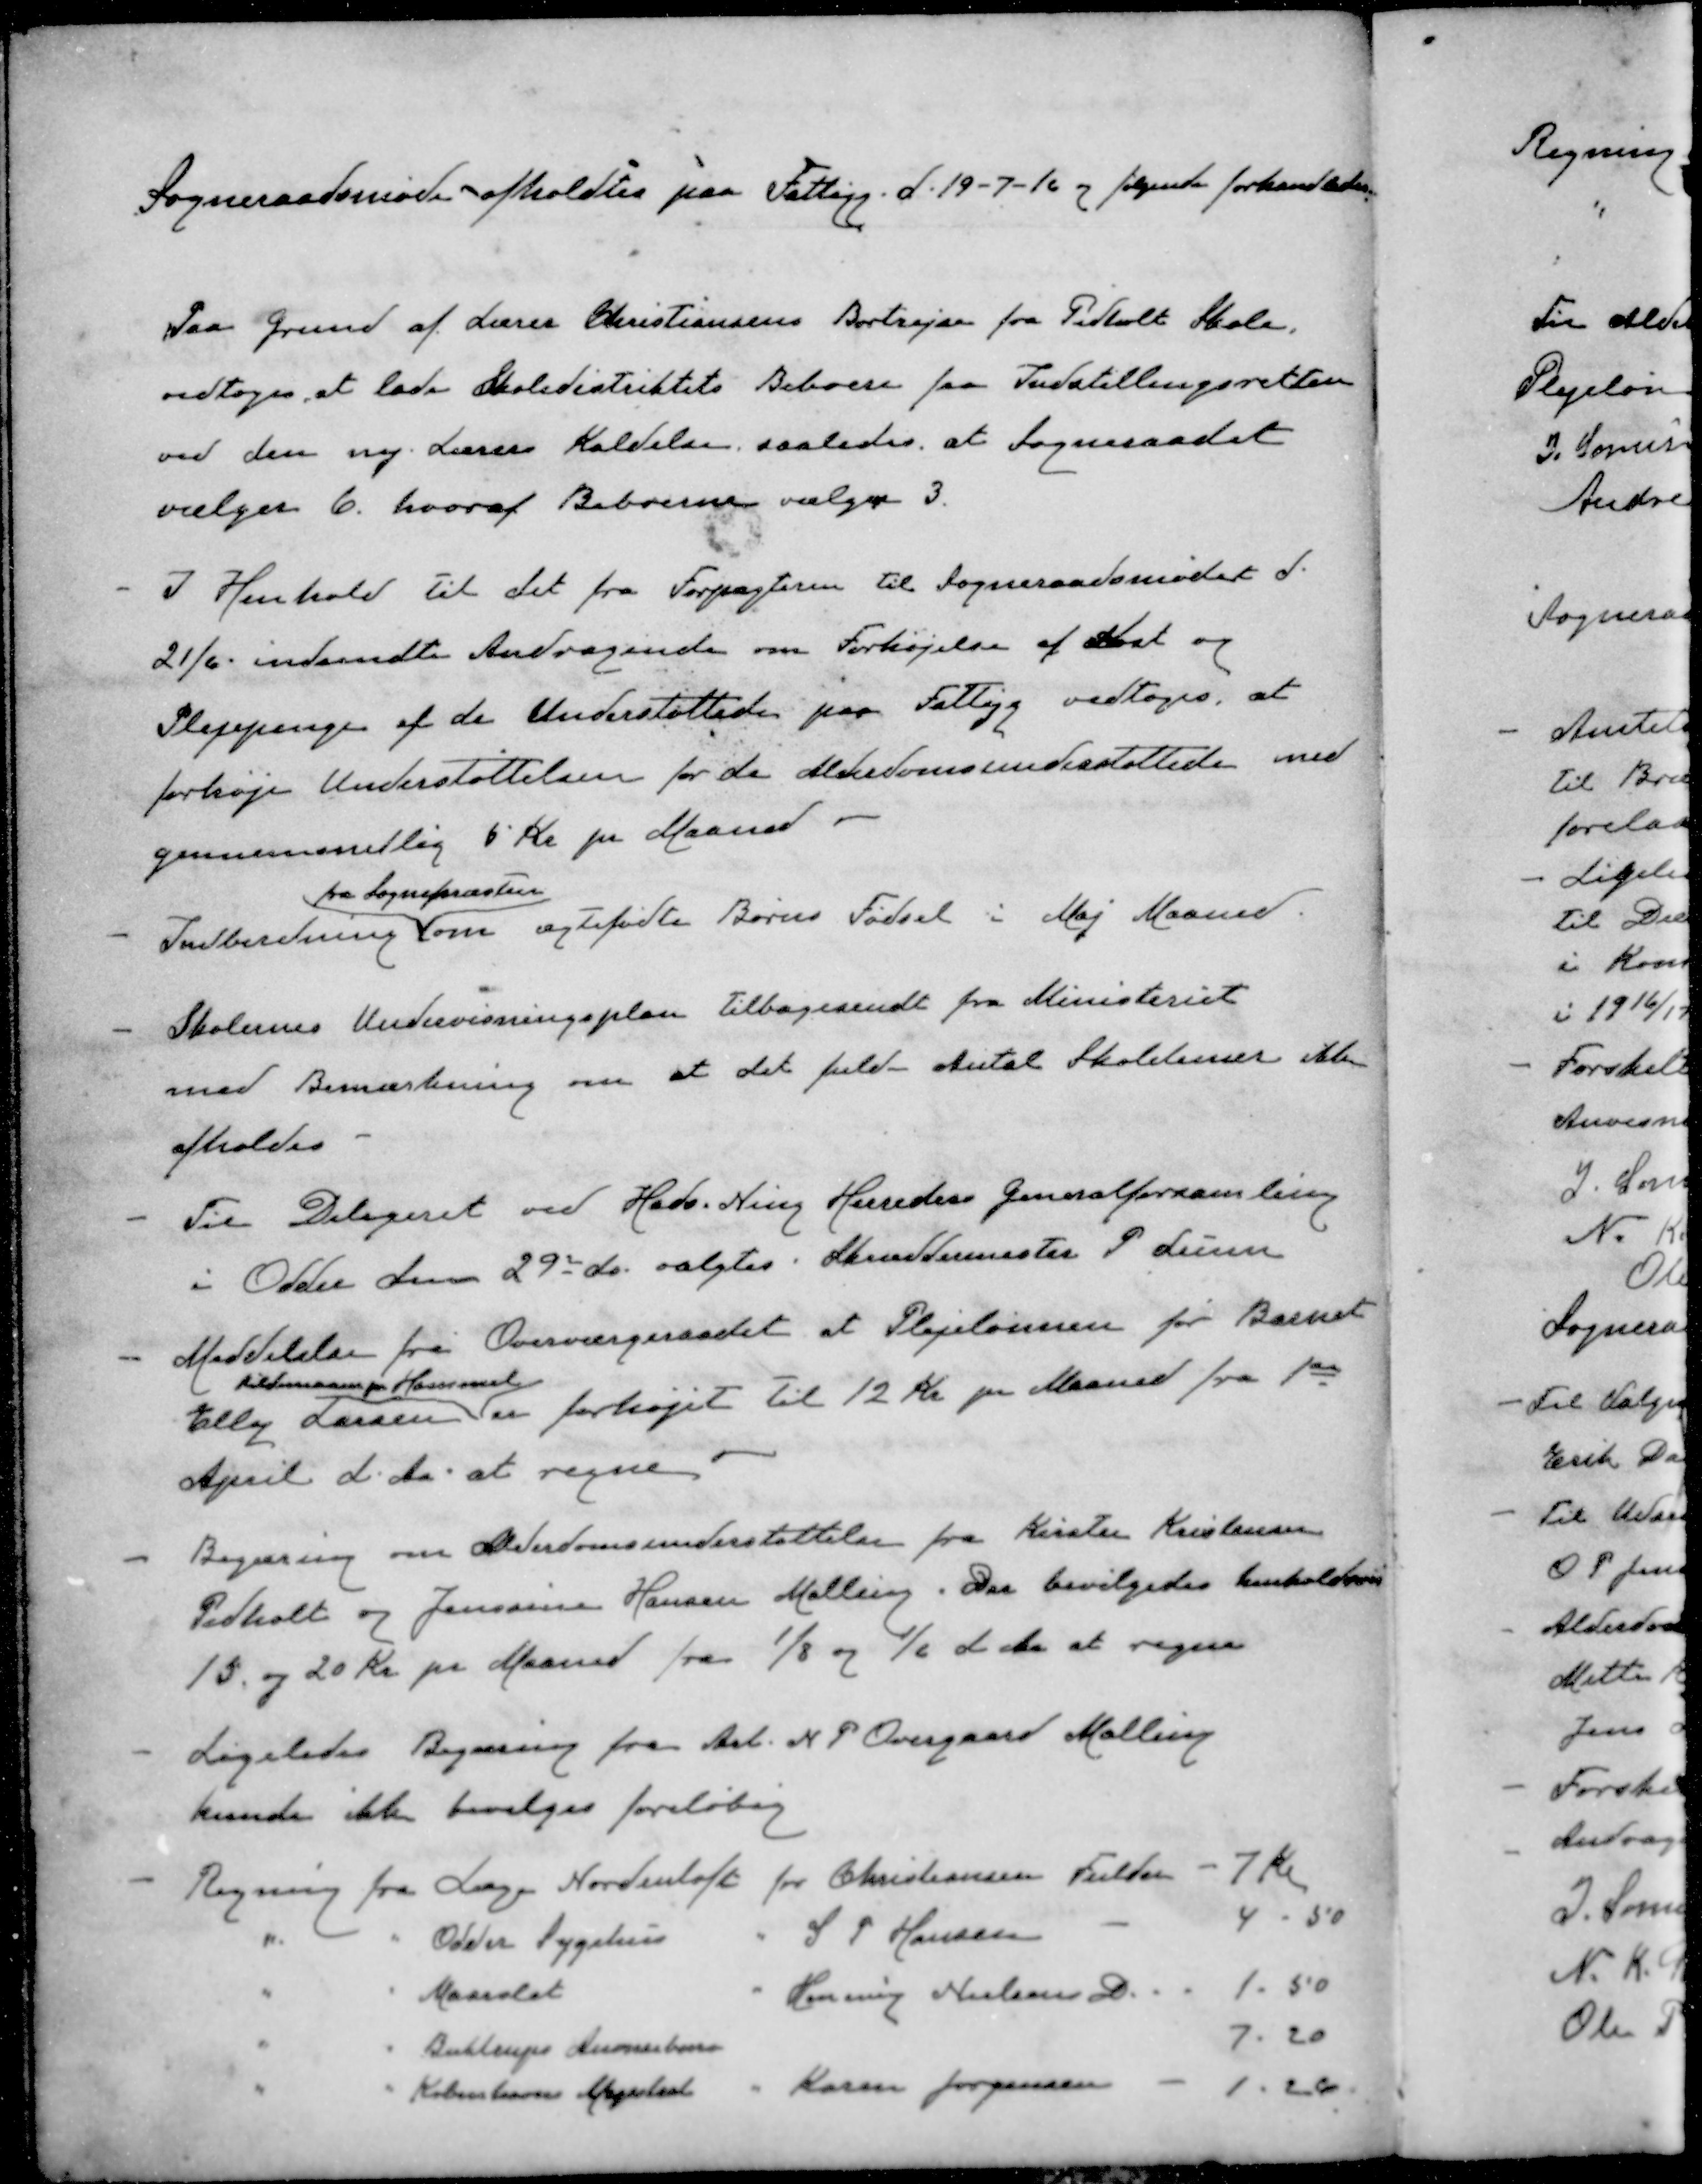
Transskription:
Sogneraadsmøde afholdtes paa Fattigg. d. 19-7-16 og følgende forhandledes
Paa Grund af Lærer Christiansens Bortrejse fra Pedholt Skole.
vedtoges at lade Skoledistriktets Beboere faa Indstillingsretten
ved den ny Lærers Kaldelse, saaledes at Sogneraadet
vælger 6. hvoraf Beboerne vælger 3.
- I Henhold til det fra Forpagteren til Sogneraadsmødet d.
21/6 indsendte Andragende om Forhøjelse af Kost og
Plejepenge af de Understøttedes paa Fattigg vedtoges, at
forhøje Understøttelsen for de Alderdomsunderstøttede med
gennemsnitlig 5 Kr pr Maaned.
fra Sognepræsten
- Indberetning som ægtefødte Børns Fødsel i Maj Maaned.
- Skolernes Undervisningsplan tilbagesende fra Ministeriet
med Bemærkning om at det fuld Antal Skoletimer ikke
afholdes
- Til Delegeret ved Hads. Ning Herreders Generalforsamling
i Odder den 29' ds. valgtes Skræddermester P Lunn
- Meddelelse fra Overværgeraadet at Plejelønnen for Barnet
Kildemosen pr Hammel
Elly Larsen der forhøjet til 12 Kr pr Maaned fra 1ste
April d. Aa. at regne.
- Begæring om Alderdomsunderstøttelse fra Kirster Kristensen
Pedholt og Jensine Hansen Malling. Der bevilgedes henholdsvis
15 og 20 Kr pr Maaned fra 1/8 og 1/6 d. Aa. at regne
- Ligeledes Begæring fra Arb. N. P. Overgaard Malling
kunde ikke bevilges foreløbig
- Regning fra Læge Nordentoft for Christiansen Fulder
7 Kr
"
"
Odder Sygehus
"
S P Hansen
4-50
"
"
Maarslet
"
Henning Nielsens D.
1.50
"
"
Buktrups Anonceburo
7.20
"
"
Københavns Magistrat
"
Karen Jørgensen
1,26